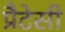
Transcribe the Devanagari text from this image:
प्रैटेसी